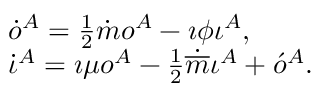
\begin{array} { l } { { \dot { o } ^ { A } = \frac { 1 } { 2 } \dot { m } o ^ { A } - \i \phi \iota ^ { A } , } } \\ { { \dot { \iota } ^ { A } = \i \mu o ^ { A } - \frac { 1 } { 2 } \dot { \overline { { { m } } } } \iota ^ { A } + \acute { o } ^ { A } . } } \end{array}